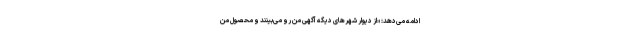
ادامه می‌دهد: «از دیوار شهرهای دیگه آگهی من رو می‌بینند و محصول من